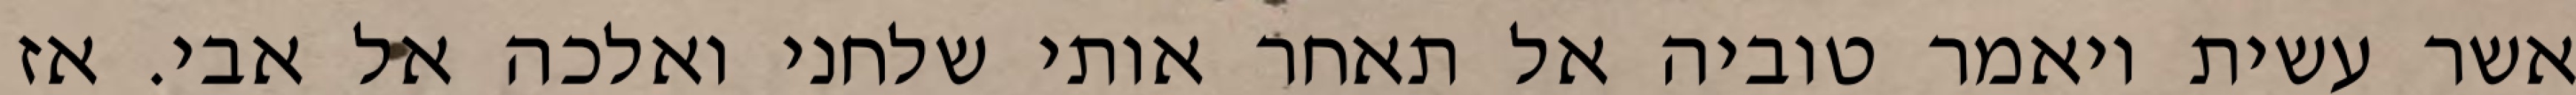
אשר עשית ויאמר טוביה אל תאחר אותי שלחני ואלכה אל אבי. אז